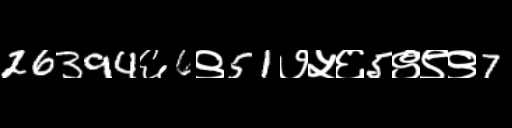
Text: 26394६6९51७५६5९९९7